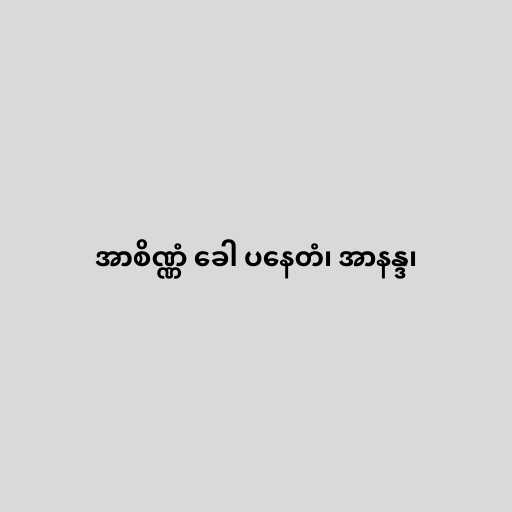
အာစိဏ္ဏံ ခေါ ပနေတံ၊ အာနန္ဒ၊